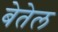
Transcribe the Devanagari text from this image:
बेतेल